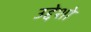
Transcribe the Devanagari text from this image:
उद्देशो